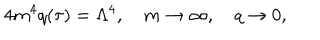
4 m ^ { 4 } q ( \tau ) = \Lambda ^ { 4 } , \quad m \rightarrow \infty , \quad q \rightarrow 0 ,